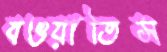
বওয়াতিস